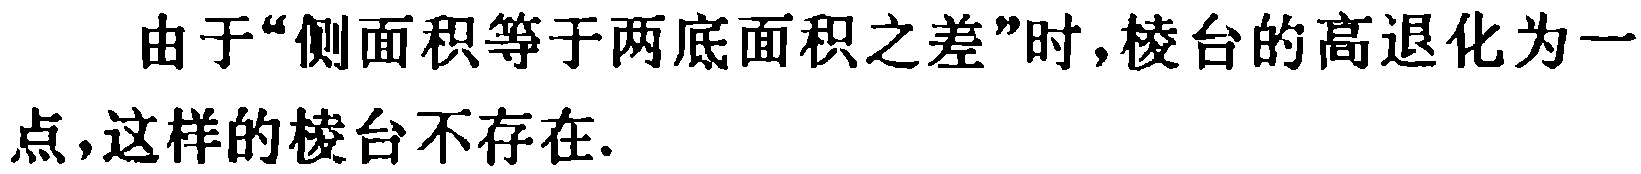
由于“侧面积等于两底面积之差”时,棱台的高退化为一点,这样的棱台不存在.